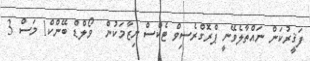
ފަޤީރުކަން ނައްތާލެވޭނީ ޕްރޮގްރެސިވް ޓެކްސް ނިޒާމަކުން  ވޯލްޑް ބޭންކް1 މަސް 3